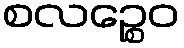
စလဉ္စေဝ